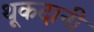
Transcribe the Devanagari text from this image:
थूकदानी